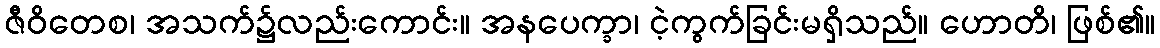
ဇီဝိတေစ၊ အသက်၌လည်းကောင်း။ အနပေက္ခာ၊ ငဲ့ကွက်ခြင်းမရှိသည်။ ဟောတိ၊ ဖြစ်၏။